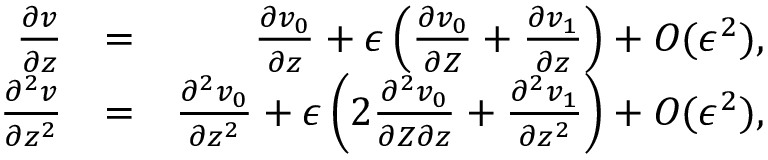
\begin{array} { r l r } { \frac { \partial v } { \partial z } } & { = } & { \frac { \partial v _ { 0 } } { \partial z } + \epsilon \left( \frac { \partial v _ { 0 } } { \partial Z } + \frac { \partial v _ { 1 } } { \partial z } \right) + O ( \epsilon ^ { 2 } ) , } \\ { \frac { \partial ^ { 2 } v } { \partial z ^ { 2 } } } & { = } & { \frac { \partial ^ { 2 } v _ { 0 } } { \partial z ^ { 2 } } + \epsilon \left( 2 \frac { \partial ^ { 2 } v _ { 0 } } { \partial Z \partial z } + \frac { \partial ^ { 2 } v _ { 1 } } { \partial z ^ { 2 } } \right) + O ( \epsilon ^ { 2 } ) , } \end{array}